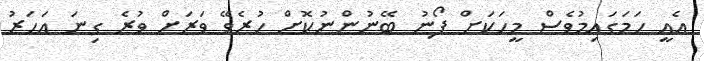
އެއީ ހަމަގައިމުވެސް މީހަކަށް ފޯނު ބޭނުންނުކޮށް ހުރެވޭ ވަރަށް ވުރެ ގިނަ އަހަރު